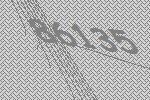
86135